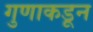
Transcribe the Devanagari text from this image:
गुणाकडून